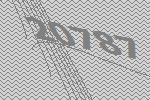
20787